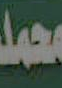
محمد